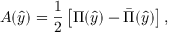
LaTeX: A ( \hat { y } ) = \frac { 1 } { 2 } \left[ \Pi ( \hat { y } ) - \bar { \Pi } ( \hat { y } ) \right] ,